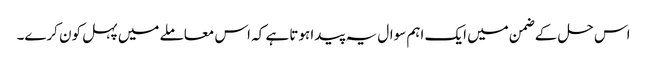
اس حل کے ضمن میں ایک اہم سوال یہ پیدا ہوتا ہے کہ اس معاملے میں پہل کون کرے۔